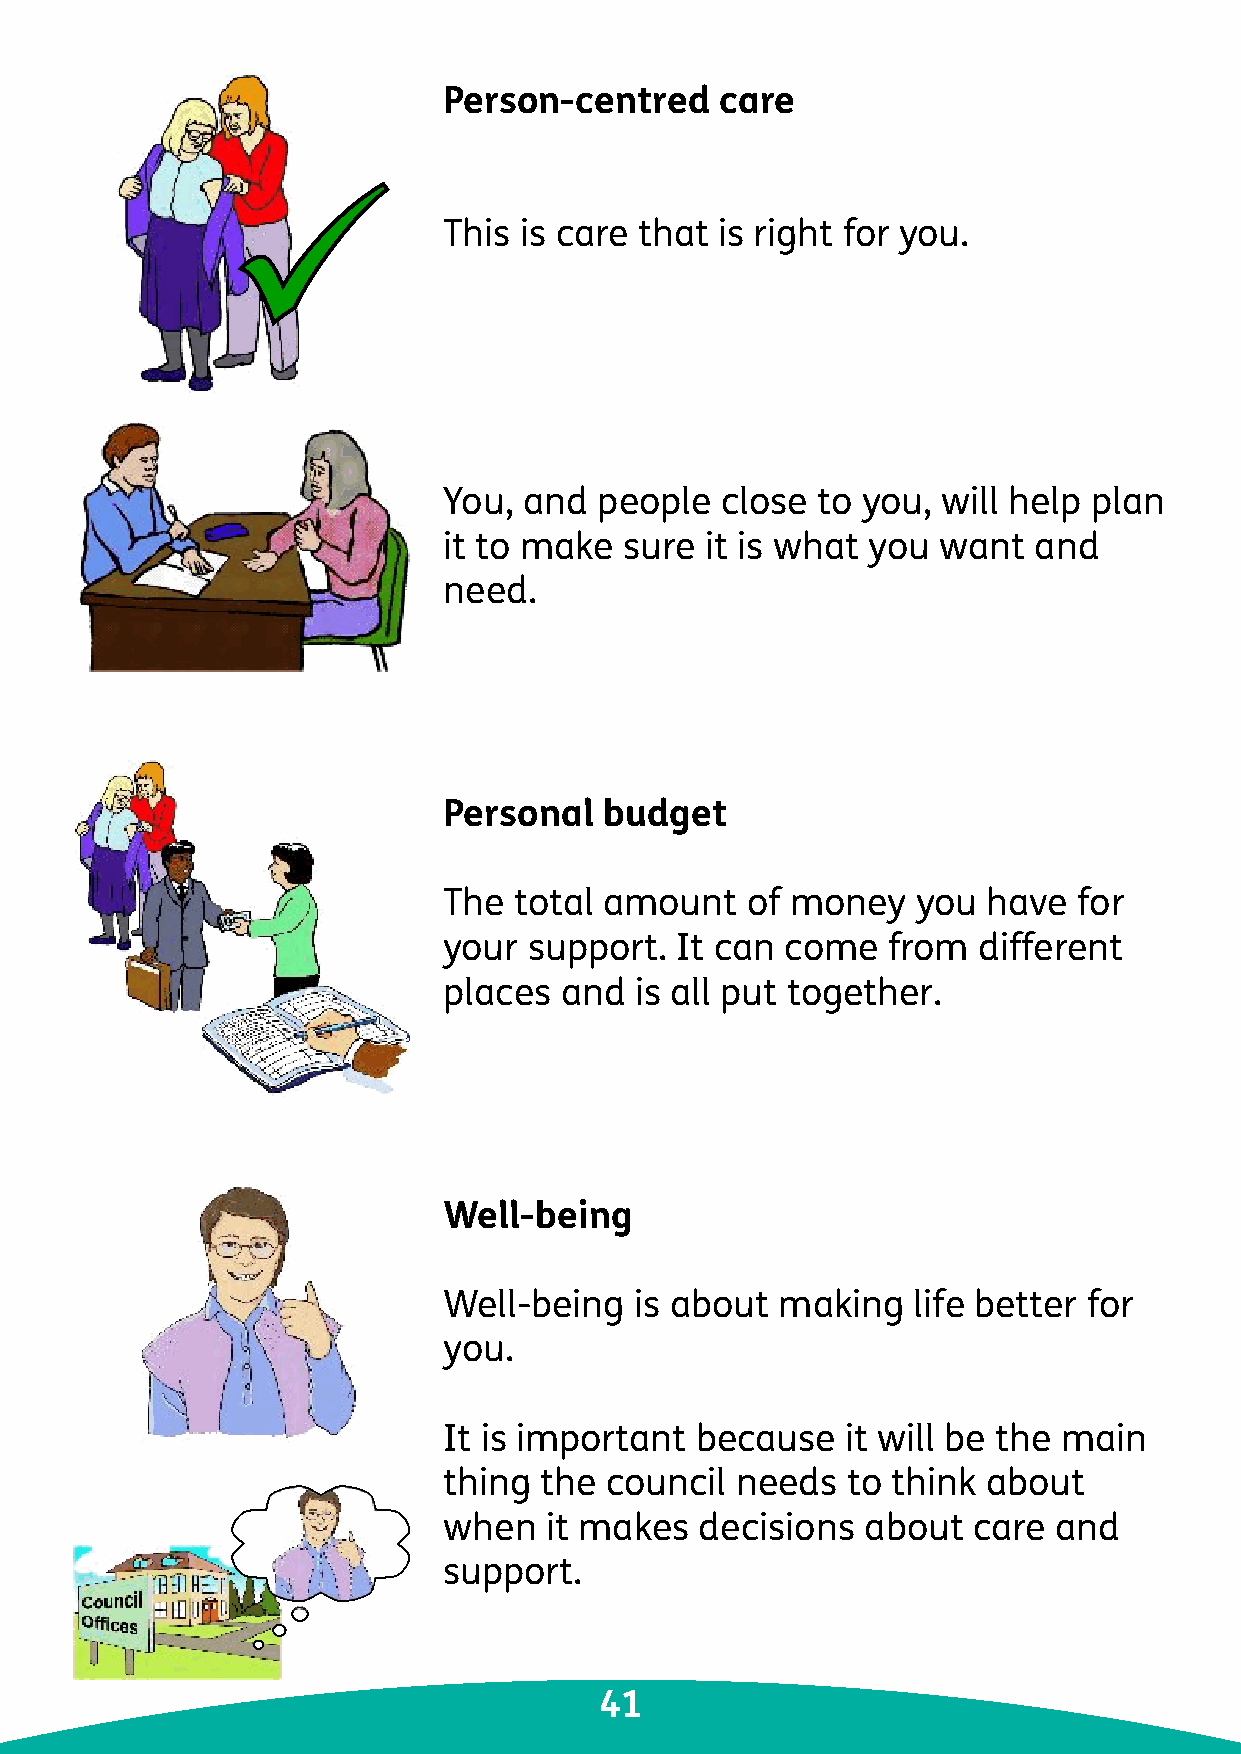
Person-centred     care
 This is care that  is right for you.
 You,  and  people  close to you, will help plan
 it to make  sure  it is what you want  and
 need.
 Personal   budget
 The  total amount   of money    you have  for
 your  support.  It can come   from  different
 places  and  is all put together.
 Well-being
 Well-being   is about making   life better for
 you.
 It is important  because   it will be the main
 thing  the council  needs  to think about
 when   it makes  decisions  about  care  and
 support.
 41